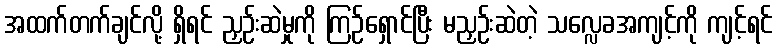
အထက်တက်ချင်လို့ ရှိရင် ညှဉ်းဆဲမှုကို ကြဉ်ရှောင်ပြီး မညှဉ်းဆဲတဲ့ သလ္လေခအကျင့်ကို ကျင့်ရင်